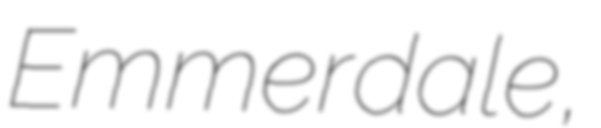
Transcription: Emmerdale,